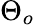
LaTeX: \Theta_{o}